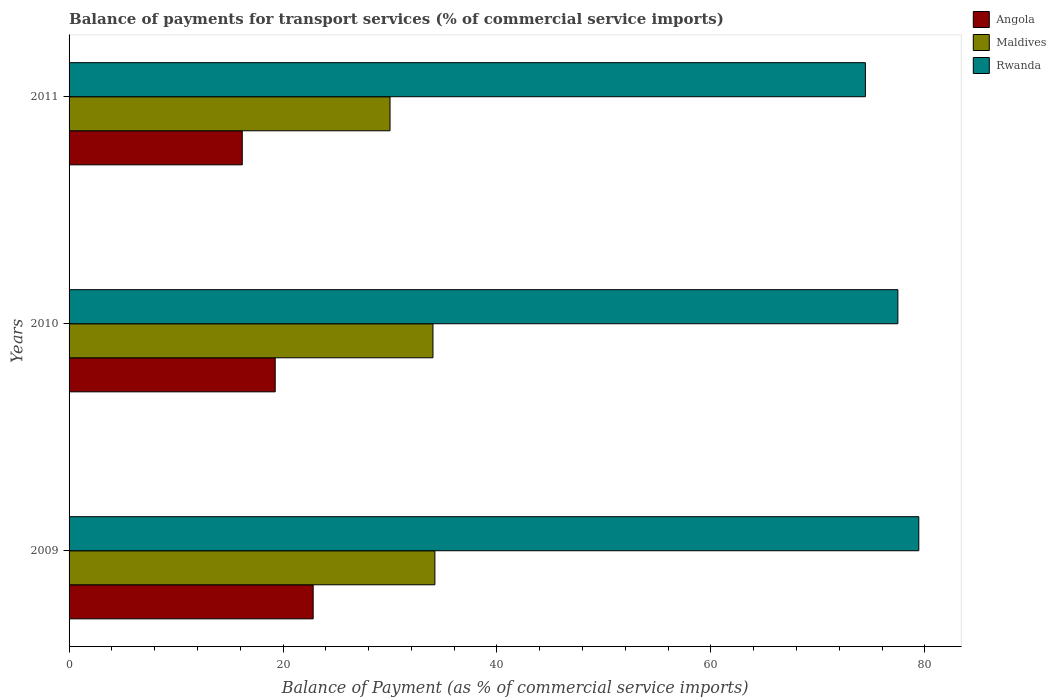
| Years | Angola | Maldives | Rwanda |
 | --- | --- | --- | --- |
 | 2009 | 22.8 | 34.2 | 79.4 |
 | 2010 | 19.3 | 34 | 77.5 |
 | 2011 | 16.2 | 30 | 74.4 |